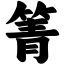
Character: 箐